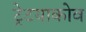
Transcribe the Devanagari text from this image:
ट्रेटयाकोव